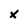
Character: x